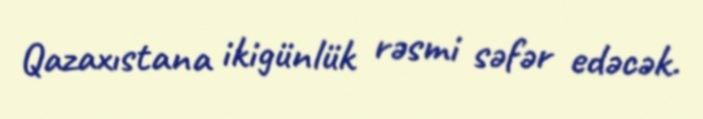
Qazaxıstana ikigünlük rəsmi səfər edəcək.